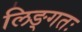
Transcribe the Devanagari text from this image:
लिङ्गतः